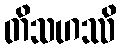
တိသဟဿိ